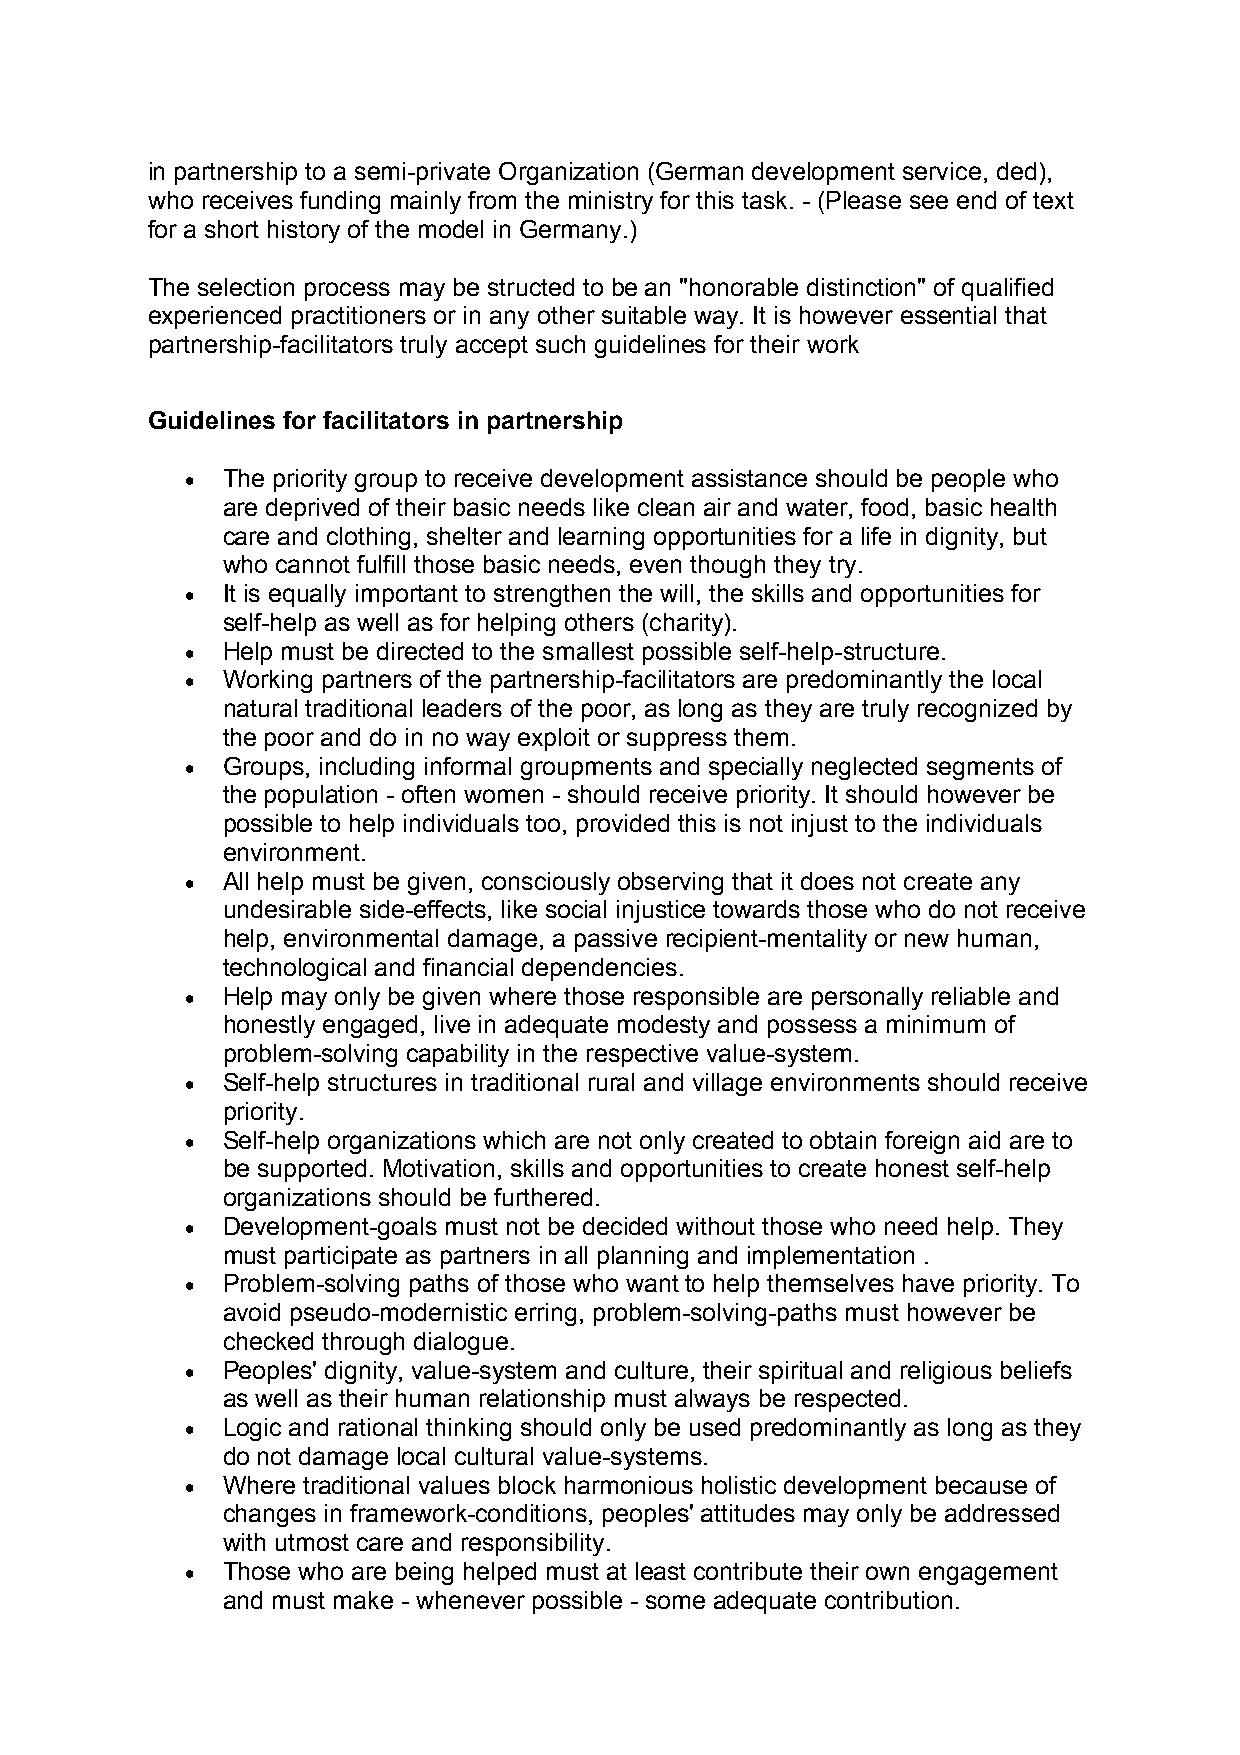
in partnership to a semi-private Organization (German development service, ded),
 who receives funding mainly from the ministry for this task. - (Please see end of text
 for a short history of the model in Germany.)
 The selection process may be structed to be an "honorable distinction" of qualified
 experienced practitioners or in any other suitable way. It is however essential that
 partnership-facilitators truly accept such guidelines for their work
 Guidelines for facilitators in partnership
 •  The priority group to receive development assistance should be people who
 are deprived of their basic needs like clean air and water, food, basic health
 care and clothing, shelter and learning opportunities for a life in dignity, but
 who cannot fulfill those basic needs, even though they try.
 •  It is equally important to strengthen the will, the skills and opportunities for
 self-help as well as for helping others (charity).
 •  Help must be directed to the smallest possible self-help-structure.
 •  Working partners of the partnership-facilitators are predominantly the local
 natural traditional leaders of the poor, as long as they are truly recognized by
 the poor and do in no way exploit or suppress them.
 •  Groups, including informal groupments and specially neglected segments of
 the population - often women - should receive priority. It should however be
 possible to help individuals too, provided this is not injust to the individuals
 environment.
 •  All help must be given, consciously observing that it does not create any
 undesirable side-effects, like social injustice towards those who do not receive
 help, environmental damage, a passive recipient-mentality or new human,
 technological and financial dependencies.
 •  Help may only be given where those responsible are personally reliable and
 honestly engaged, live in adequate modesty and possess a minimum of
 problem-solving capability in the respective value-system.
 •  Self-help structures in traditional rural and village environments should receive
 priority.
 •  Self-help organizations which are not only created to obtain foreign aid are to
 be supported. Motivation, skills and opportunities to create honest self-help
 organizations should be furthered.
 •  Development-goals must not be decided without those who need help. They
 must participate as partners in all planning and implementation .
 •  Problem-solving paths of those who want to help themselves have priority. To
 avoid pseudo-modernistic erring, problem-solving-paths must however be
 checked through dialogue.
 •  Peoples' dignity, value-system and culture, their spiritual and religious beliefs
 as well as their human relationship must always be respected.
 •  Logic and rational thinking should only be used predominantly as long as they
 do not damage local cultural value-systems.
 •  Where traditional values block harmonious holistic development because of
 changes in framework-conditions, peoples' attitudes may only be addressed
 with utmost care and responsibility.
 •  Those who are being helped must at least contribute their own engagement
 and must make - whenever possible - some adequate contribution.